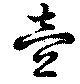
壱